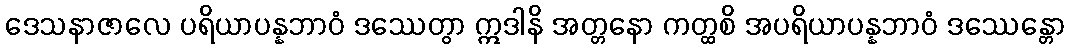
ဒေသနာဇာလေ ပရိယာပန္နဘာဝံ ဒဿေတွာ ဣဒါနိ အတ္တနော ကတ္ထစိ အပရိယာပန္နဘာဝံ ဒဿေန္တော